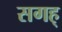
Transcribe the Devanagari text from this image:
सगह्